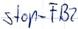
Text: Stop_FB2